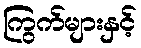
ကြွက်များနှင့်